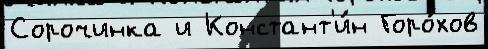
Сорочинка и Констант'и́н Горо́хов